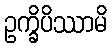
ဥက္ခိပိဿာမိ